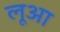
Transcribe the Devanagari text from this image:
लूआ